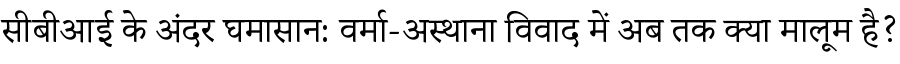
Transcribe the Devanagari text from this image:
सीबीआई के अंदर घमासान: वर्मा-अस्थाना विवाद में अब तक क्या मालूम है?